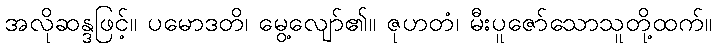
အလိုဆန္ဒဖြင့်။ ပမောဒတိ၊ မွေ့လျော်၏။ ဇုဟတံ၊ မီးပူဇော်သောသူတို့ထက်။